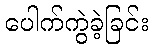
ပေါက်ကွဲခဲ့ခြင်း